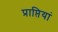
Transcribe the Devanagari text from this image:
प्राप्तियां